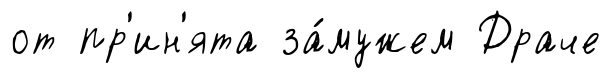
от пр'ин'ята за́мужем Драче